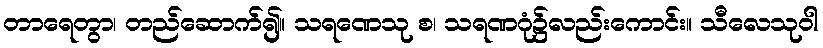
တာရေတွာ၊ တည်ဆောက်၍။ သရဏေသု စ၊ သရဏဂုံ၌လည်းကောင်း။ သီလေသုဝါ